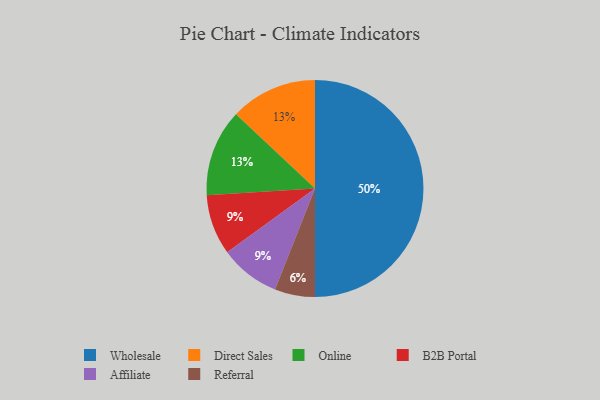
{"axis": {"x": "Category", "y": "Percentage"}, "legend": ["Affiliate", "B2B Portal", "Direct Sales", "Online", "Referral", "Wholesale"], "data": [{"x": "Direct Sales", "y": 13, "type": "Direct Sales"}, {"x": "Wholesale", "y": 50, "type": "Wholesale"}, {"x": "B2B Portal", "y": 9, "type": "B2B Portal"}, {"x": "Affiliate", "y": 9, "type": "Affiliate"}, {"x": "Referral", "y": 6, "type": "Referral"}, {"x": "Online", "y": 13, "type": "Online"}]}